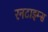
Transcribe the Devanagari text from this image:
रनटाइम्स